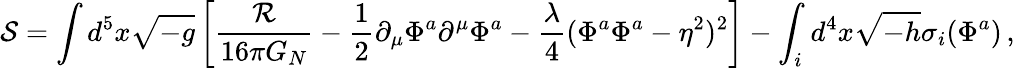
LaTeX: {\cal S}=\int d^{5}x\sqrt{-g}\left[{\frac{\cal R}{16\pi G_{N}}}-{\frac{1}{2}}\partial_{\mu}\Phi^{a}\partial^{\mu}\Phi^{a}-{\frac{\lambda}{4}}(\Phi^{a}\Phi^{a}-\eta^{2})^{2}\right]-\int_{i}d^{4}x\sqrt{-h}\sigma_{i}(\Phi^{a})\, ,